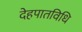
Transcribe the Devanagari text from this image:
देहपातविधि